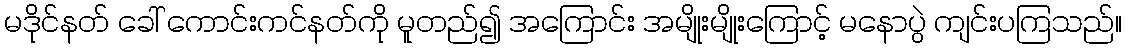
မဒိုင်နတ် ခေါ် ကောင်းကင်နတ်ကို မူတည်၍ အကြောင်း အမျိုးမျိုးကြောင့် မနောပွဲ ကျင်းပကြသည်။